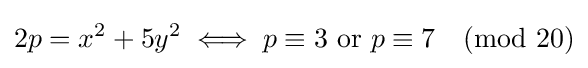
2p=x^{2}+5y^{2}\iff p\equiv 3{\mbox{ or }}p\equiv 7{\pmod {20}}